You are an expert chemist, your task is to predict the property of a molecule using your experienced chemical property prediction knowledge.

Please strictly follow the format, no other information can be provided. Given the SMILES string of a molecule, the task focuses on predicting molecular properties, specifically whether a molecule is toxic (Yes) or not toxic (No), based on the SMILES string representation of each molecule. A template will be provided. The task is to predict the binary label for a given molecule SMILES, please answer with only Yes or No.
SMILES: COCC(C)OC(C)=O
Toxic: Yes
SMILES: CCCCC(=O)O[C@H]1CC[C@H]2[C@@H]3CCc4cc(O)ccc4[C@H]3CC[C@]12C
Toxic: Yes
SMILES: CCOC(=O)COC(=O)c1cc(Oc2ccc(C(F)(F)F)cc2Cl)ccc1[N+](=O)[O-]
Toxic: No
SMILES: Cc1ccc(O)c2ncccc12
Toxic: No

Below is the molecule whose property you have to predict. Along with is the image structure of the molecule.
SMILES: O=P([O-])(O)C(Cl)(Cl)P(=O)([O-])O
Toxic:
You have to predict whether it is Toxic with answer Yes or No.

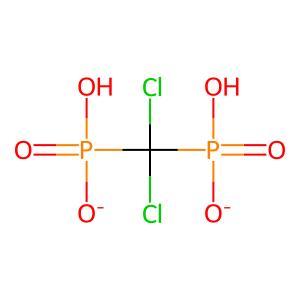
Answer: No